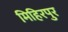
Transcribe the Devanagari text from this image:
मिहिरपुर